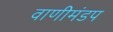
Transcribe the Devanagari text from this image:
वाणीमंडप